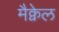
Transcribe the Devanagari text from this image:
मैक्वेल